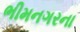
ભીમનગરના